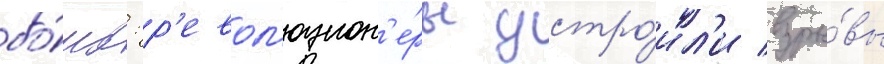
бо́мб: р'евол'юцион'е́ры устро́ил'и взры́вы